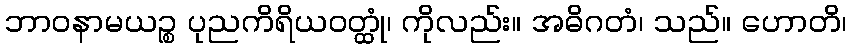
ဘာဝနာမယဉ္စ ပုညကိရိယဝတ္ထုံ၊ ကိုလည်း။ အဓိဂတံ၊ သည်။ ဟောတိ၊